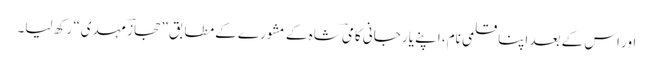
اور اس کے بعد اپنا قلمی نام، اپنے یارِ جانی کامیؔ شاہ کے مشورے کے مطابق ”حجازؔ مہدی“ رکھ لیا۔